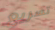
تسريع